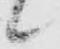
候